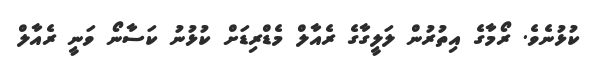
ކުޅުނެވެ. ރޯމާގެ އިތުރުން ލަލީގާގެ ރެއާލް މެޑްރިޑަށް ކުޅުނު ކަސާނޯ ވަނީ ރެއާލް